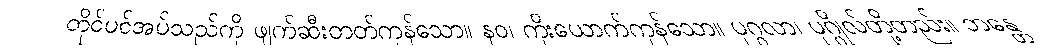
တိုင်ပင်အပ်သည်ကို ဖျက်ဆီးတတ်ကုန်သော။ နဝ၊ ကိုးယောက်ကုန်သော။ ပုဂ္ဂလာ၊ ပုဂ္ဂိုလ်တို့တည်း။ ဘန္တေ